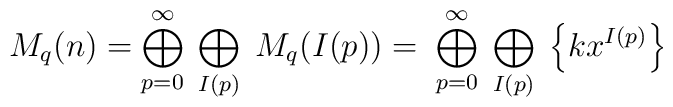
M_q (n)= \bigoplus_{p=0}^{\infty}\;\bigoplus_{I(p)}\;  M_q (I(p))=\;\bigoplus_{p=0}^{\infty}\;\bigoplus_{I(p)}\; \left\{ kx^{I(p)}\right\}